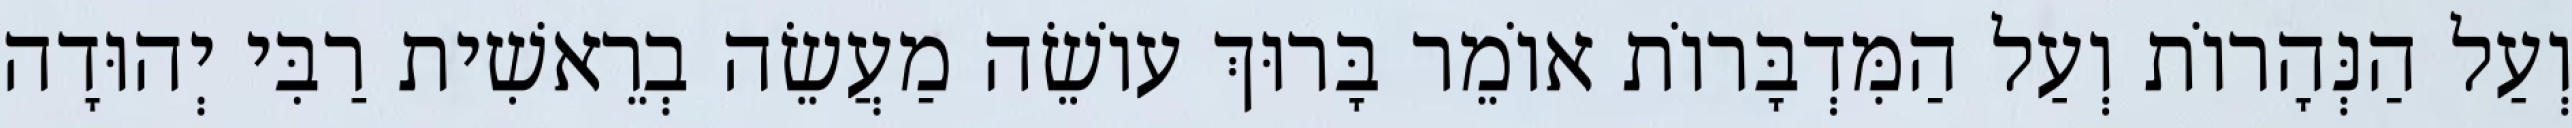
וְעַל הַנְּהָרוֹת וְעַל הַמִּדְבָּרוֹת אוֹמֵר בָּרוּךְ עוֹשֵׂה מַעֲשֵׂה בְרֵאשִׁית רַבִּי יְהוּדָה